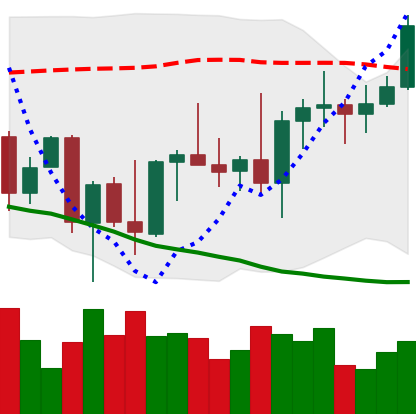
Ticker: BNB-USD
Chart end date: 2022-10-04
Forward return: -6.095%
Label: down_5_7